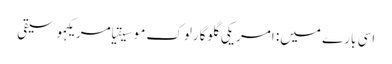
اسی بارے میں: امریکی گلوگارلوک موسیقیامریکہموسیقی